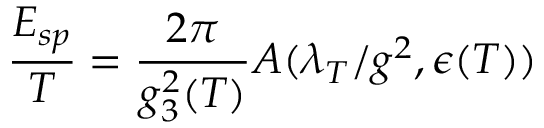
\frac { E _ { s p } } { T } = \frac { 2 \pi } { g _ { 3 } ^ { 2 } ( T ) } A ( \lambda _ { T } / g ^ { 2 } , \epsilon ( T ) )